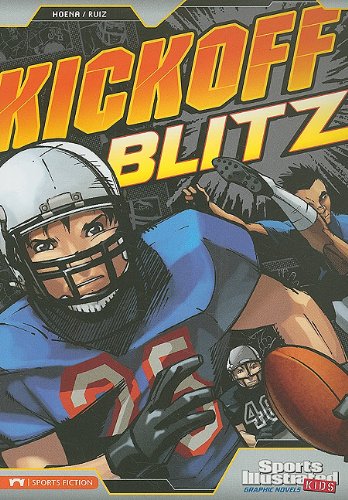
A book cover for Kickoff Blitz (Sports Illustrated Kids Graphic Novels); Blake A. Hoena; Children's Books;